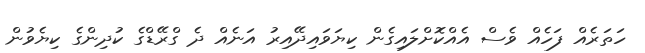
ހަތަރެއް ފަހެއް ވެސް އެއްކޮށްލައިގެން ކިޔަވައިދޭއިރު އަނެއް ދެ ގްރޭޑްގެ ކުދިންގެ ކިޔެވުން